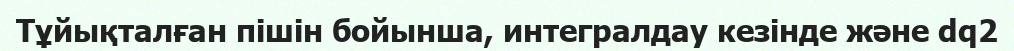
Тұйықталған пішін бойынша, интегралдау кезінде және dq2